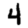
Digit: 4